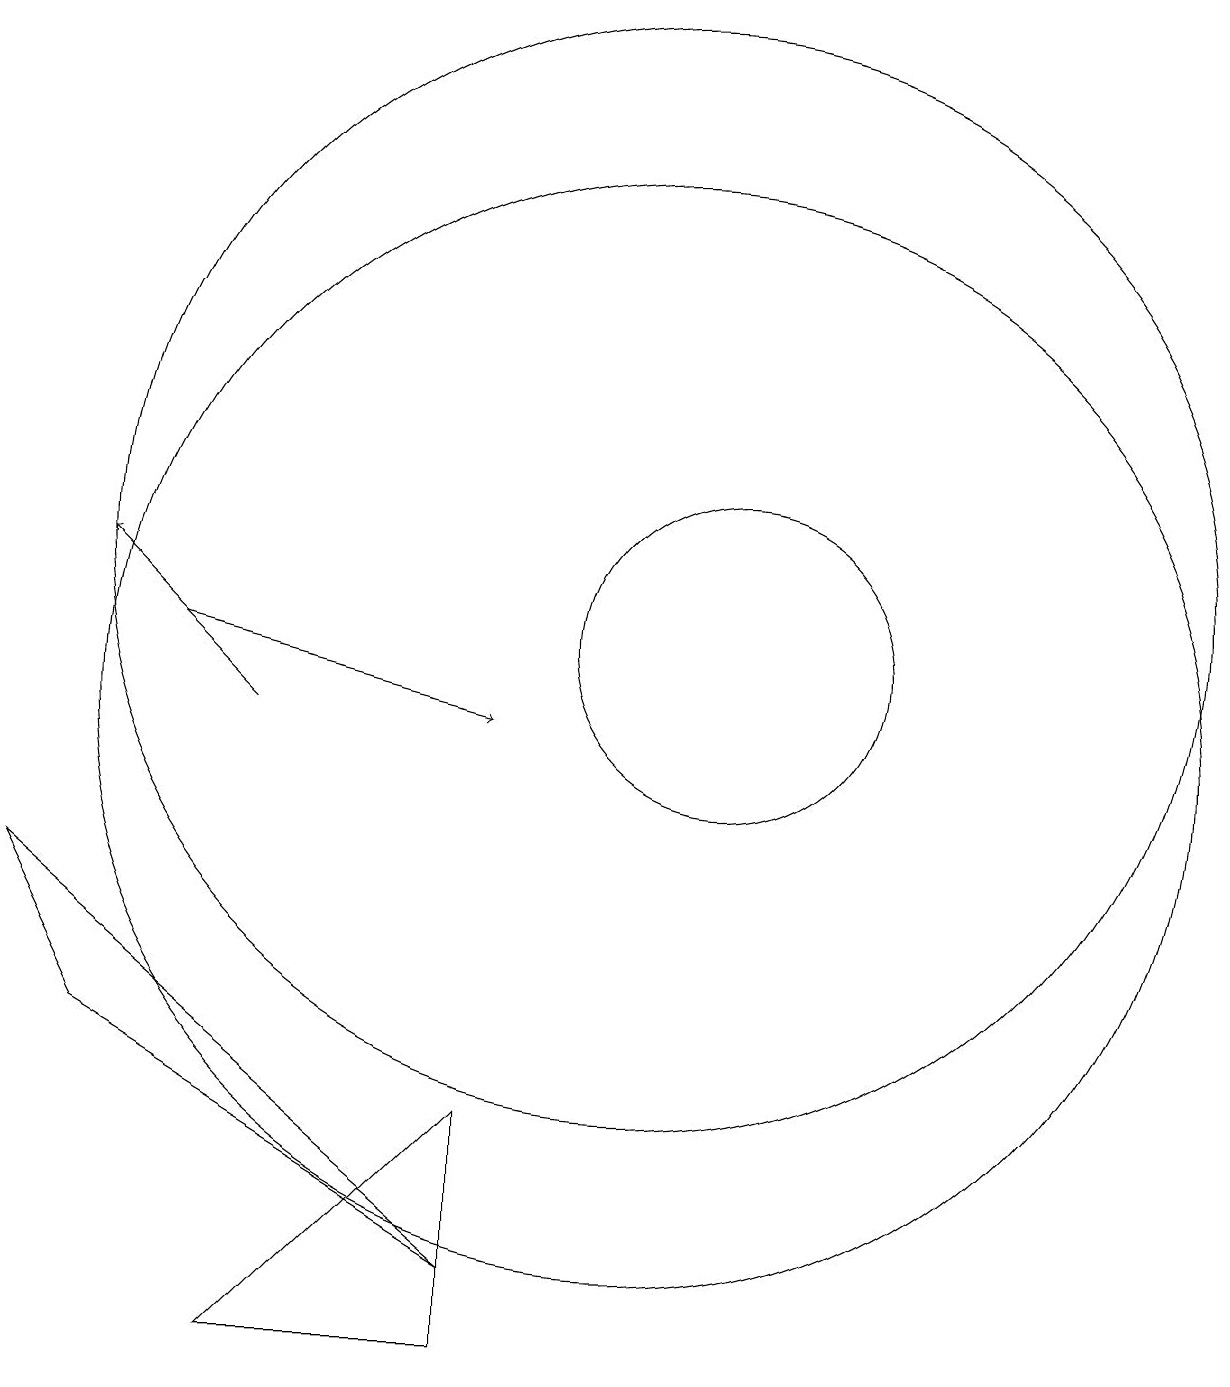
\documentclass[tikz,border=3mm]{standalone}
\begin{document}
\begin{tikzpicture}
\draw[->] (4,11) -- (8,10);
\draw (2,8) -- (3,6) -- (8,3) -- cycle;
\draw[->] (5,10) -- (3,12);
\draw (5,2) -- (8,2) -- (8,5) -- cycle;
\draw (11,11) circle (2);
\draw (10,12) circle (7);
\draw (10,10) circle (7);
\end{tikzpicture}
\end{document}